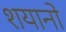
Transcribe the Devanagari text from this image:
शयानो